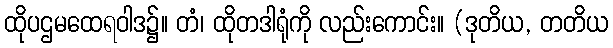
ထိုပဌမထေရဝါဒ၌။ တံ၊ ထိုတဒါရုံကို လည်းကောင်း။ (ဒုတိယ, တတိယ